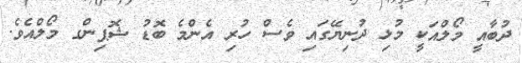
ދުބާއީ މޯލްއަކީ މުޅި ދުނިޔޭގައި ވެސް ހުރި އެންމެ ބޮޑު ޝޮޕިންގ މޯލްއެވެ.